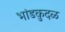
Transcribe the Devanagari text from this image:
भांडकुदळ